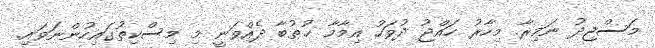
މަސްޖިދު ނަމިރާ. މިހާރު ހައްޖު ދުވަހު އިމާމާ ޚުޠުބާ ދެއްވަނީ މި މިސްކިތުގައިހުންނަވައި.